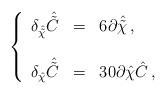
\begin{align*}\left\{\begin{array}{rcl}\delta_{\hat{\tilde{\chi}}}\hat{\tilde{C}} & = & 6\partial\hat{\tilde{\chi}}\, ,\\& & \\\delta_{\hat{\chi}}\hat{\tilde{C}} & = & 30\partial\hat{\chi}\hat{C}\, ,\\\end{array}\right.\end{align*}